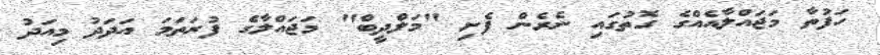
ހަފުތާ މަޖައްލާއެއްގެ ގޮތުގައި ނެރެން ފެށި "މަލްދީބް" މަޖައްލާގެ ފުރަތަމަ އަދަދު މިއަދު